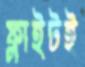
ফ্লাইটই